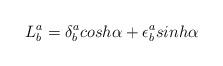
LaTeX: \begin{align*}L^a_b= \delta^a_b cosh \alpha + \epsilon^a_b sinh \alpha\end{align*}